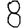
Digit: 8